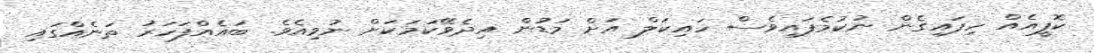
ކޮފީއެއް ހިފައިގެން ނުކުމެފައިވެސް ހައިކަލް އަށް މަޑުން އިދެވޭކަމަކަށް ނުވިއެވެ. ބައެއްފަހަރު ތަނެއްގައި